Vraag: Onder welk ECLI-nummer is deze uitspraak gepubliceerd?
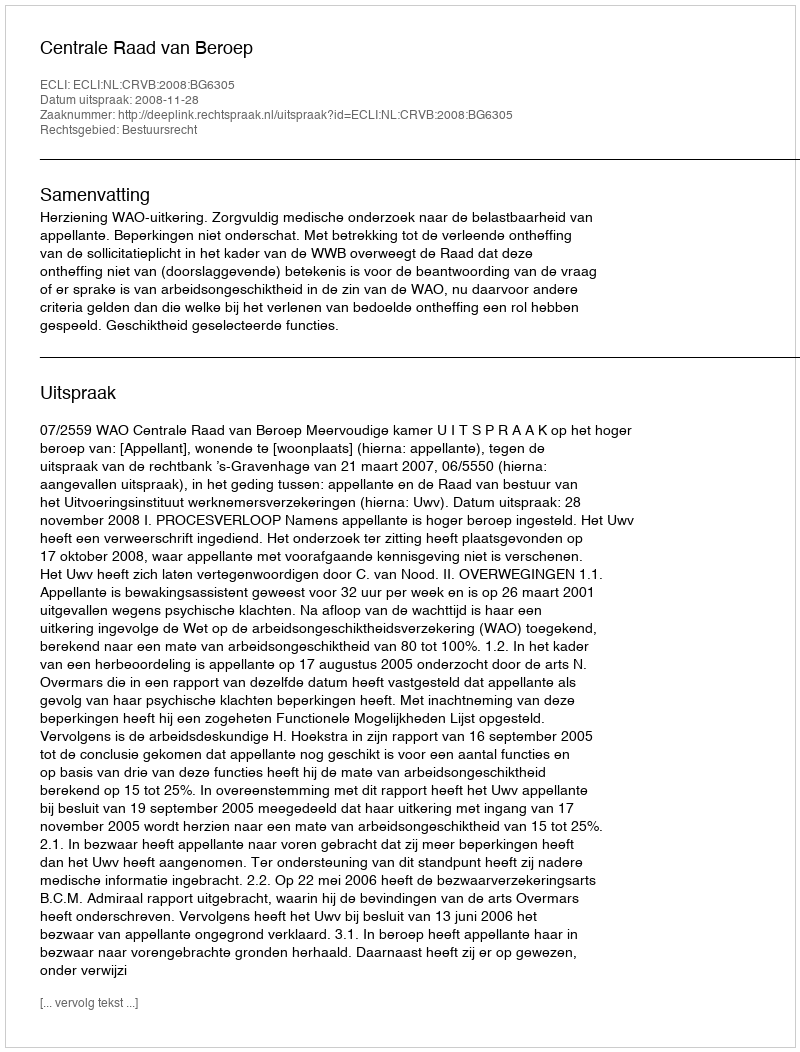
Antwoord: ECLI:NL:CRVB:2008:BG6305